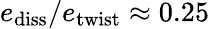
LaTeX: e_{\mathrm{diss}}/e_{\mathrm{twist}}\approx 0.25